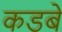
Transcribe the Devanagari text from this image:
कडबे